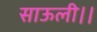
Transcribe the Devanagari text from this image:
साऊली।।